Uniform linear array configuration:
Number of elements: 32
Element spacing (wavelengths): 0.5
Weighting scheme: kaiser
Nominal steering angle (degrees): -60
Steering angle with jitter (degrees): -58.769
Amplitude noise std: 0.05
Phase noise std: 0.05

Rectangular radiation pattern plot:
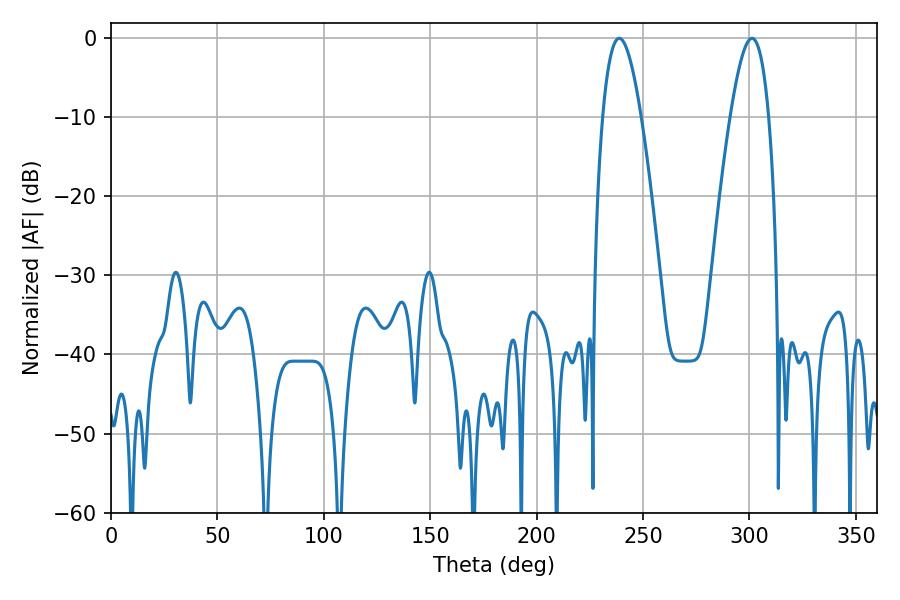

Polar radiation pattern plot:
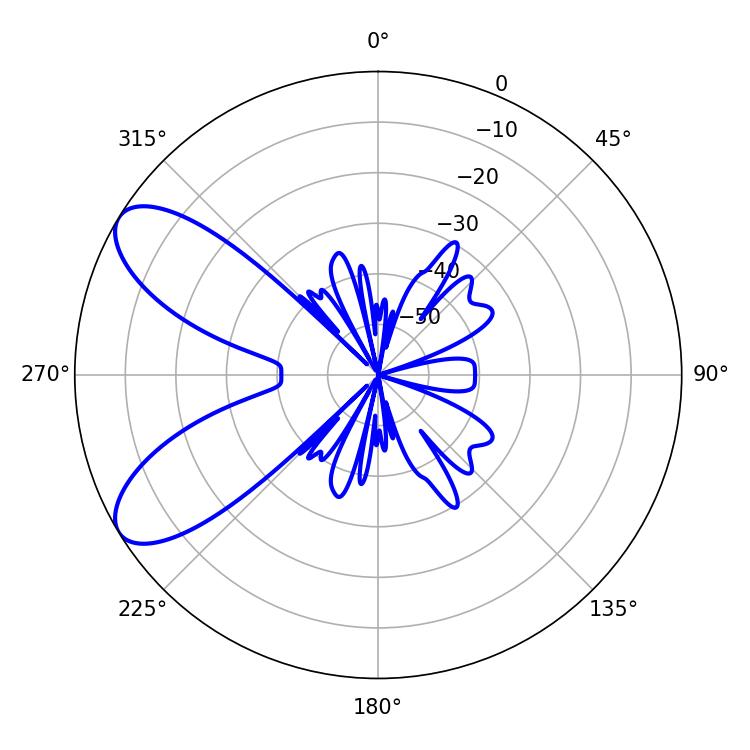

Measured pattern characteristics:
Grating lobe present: FALSE
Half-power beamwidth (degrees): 9.9
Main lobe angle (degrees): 238.86